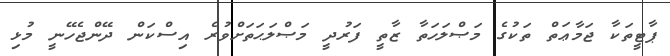
ޕާޓީތަކާ ޖަމާޢަތް ތަކުގެ މަޞްލަހަތާ ޒާތީ ފަރުދީ މަޞްލަޙަތަށްވުރެ އިސްކަން ދޭންޖެހޭނީ މުޅި